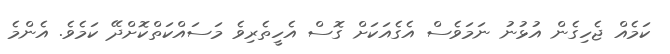
ކަމެއް ޖެހިގެން އުޅުނު ނަމަވެސް އެގެއަކަށް ގޮސް އެހީތެރިވެ މަސައްކަތްކޮށްދޭ ކަމެވެ. އެންމެ